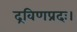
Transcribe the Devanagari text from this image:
द्रविणप्रदः।